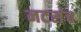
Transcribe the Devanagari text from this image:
नटसंच